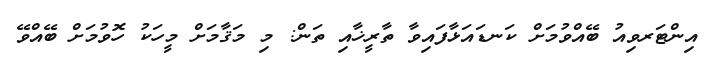
އިންޓަރވިއު ބޭއްވުމަށް ކަނޑައަޅާފައިވާ ތާރީޚާއި ތަން: މި މަޤާމަށް މީހަކު ހޮވުމަށް ބޭއްވޭ